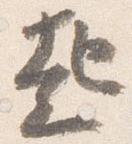
起